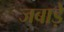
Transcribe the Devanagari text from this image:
जबाड़े